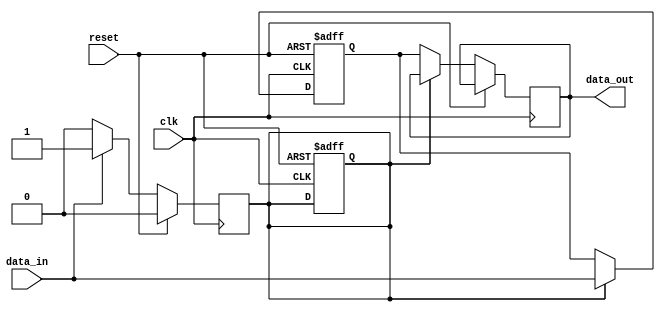
module IO_blocks_compensated_bidirectional_buffer (
    input wire clk,
    input wire reset,
    input wire data_in,
    output reg data_out
);

reg input_mode;
reg output_mode;
reg data_buffer;

always @(posedge clk or posedge reset) begin
    if (reset) begin
        input_mode <= 0;
        output_mode <= 0;
        data_buffer <= 0;
    end else begin
        if (input_mode) begin
            data_buffer <= data_in;
        end else begin
            data_out <= data_buffer;
        end
    end
end

always @(posedge clk) begin
    if (reset) begin
        input_mode <= 0;
        output_mode <= 0;
    end else begin
        if (data_in) begin
            input_mode <= 1;
            output_mode <= 0;
        end else begin
            input_mode <= 0;
            output_mode <= 1;
        end
    end
end

endmodule